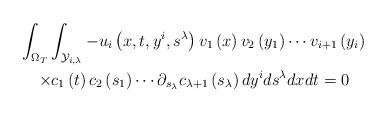
LaTeX: \begin{gather*}\int_{\Omega _{T}}\int_{\mathcal{Y}_{i,\lambda }}-u_{i}\left(x,t,y^{i},s^{\lambda }\right) v_{1}\left( x\right) v_{2}\left( y_{1}\right)\cdots v_{i+1}\left( y_{i}\right) \\\times c_{1}\left( t\right) c_{2}\left( s_{1}\right) \cdots \partial_{s_{\lambda }}c_{\lambda +1}\left( s_{\lambda }\right) dy^{i}ds^{\lambda}dxdt=0\end{gather*}